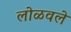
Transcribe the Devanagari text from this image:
लोळवले